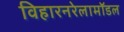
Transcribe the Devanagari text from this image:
विहारनरेलामॉडल